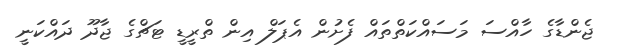
ޖެންޑާގެ ހާއްސަ މަސައްކަތްތައް ފެށުން އެޕަލް އިން ތްރީޑީ ޓަޗްގެ ޖާދޫ ދައްކަނީ